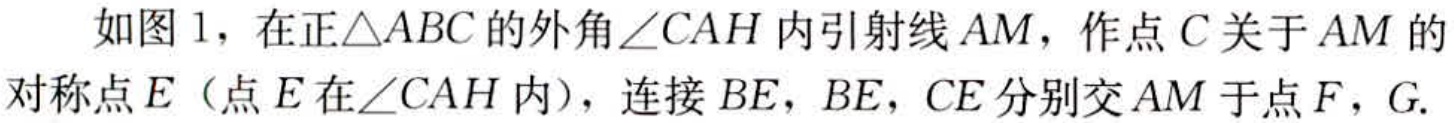
如图 1，在正\(\triangle ABC\)的外角\(\angle CAH\)内引射线\(AM\)，作点\(C\)关于\(AM\)的对称点\(E\)（点\(E\)在\(\angle CAH\)内），连接\(BE\)，\(BE\)，\(CE\)分别交\(AM\)于点\(F\)，\(G\).